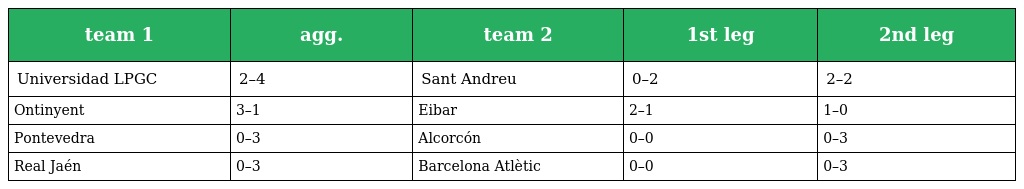
| team 1 | agg. | team 2 | 1st leg | 2nd leg |
 | --- | --- | --- | --- | --- |
 | Universidad LPGC | 2–4 | Sant Andreu | 0–2 | 2–2 |
 | Ontinyent | 3–1 | Eibar | 2–1 | 1–0 |
 | Pontevedra | 0–3 | Alcorcón | 0–0 | 0–3 |
 | Real Jaén | 0–3 | Barcelona Atlètic | 0–0 | 0–3 |